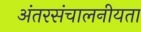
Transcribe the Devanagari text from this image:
अंतरसंचालनीयता